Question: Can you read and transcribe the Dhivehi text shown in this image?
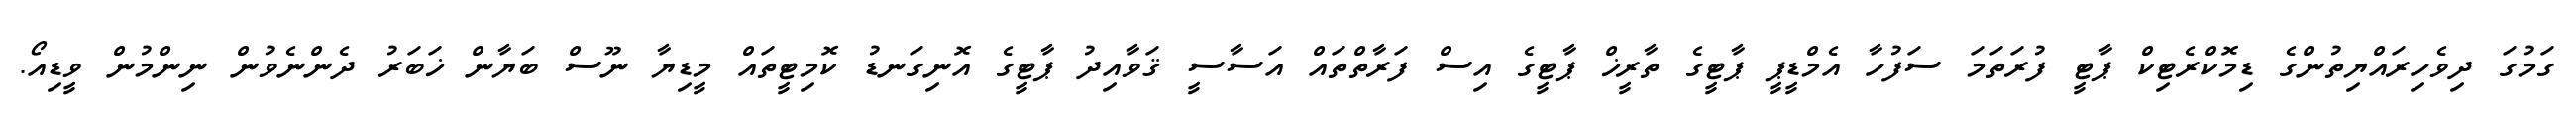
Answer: ގަމުގަ ދިވެހިރައްޔިތުންގެ ޑިމޮކްރެޓިކް ޕާޓީ ފުރަތަމަ ސަފުހާ އެމްޑީޕީ ޕާޓީގެ ތާރީޚް ޕާޓީގެ އިސް ފަރާތްތައް އަސާސީ ޤަވާއިދު ޕާޓީގެ އޮނިގަނޑު ކޮމިޓީތައް މީޑިޔާ ނޫސް ބަޔާން ޚަބަރު ދެންނެވުން ނިންމުން ވީޑިއޯ.